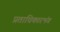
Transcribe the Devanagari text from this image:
प्रताधिकारभंग